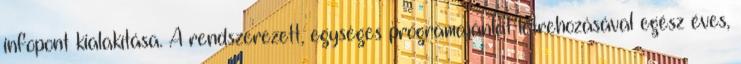
infopont kialakítása. A rendszerezett, egységes programajánlat létrehozásával egész éves,